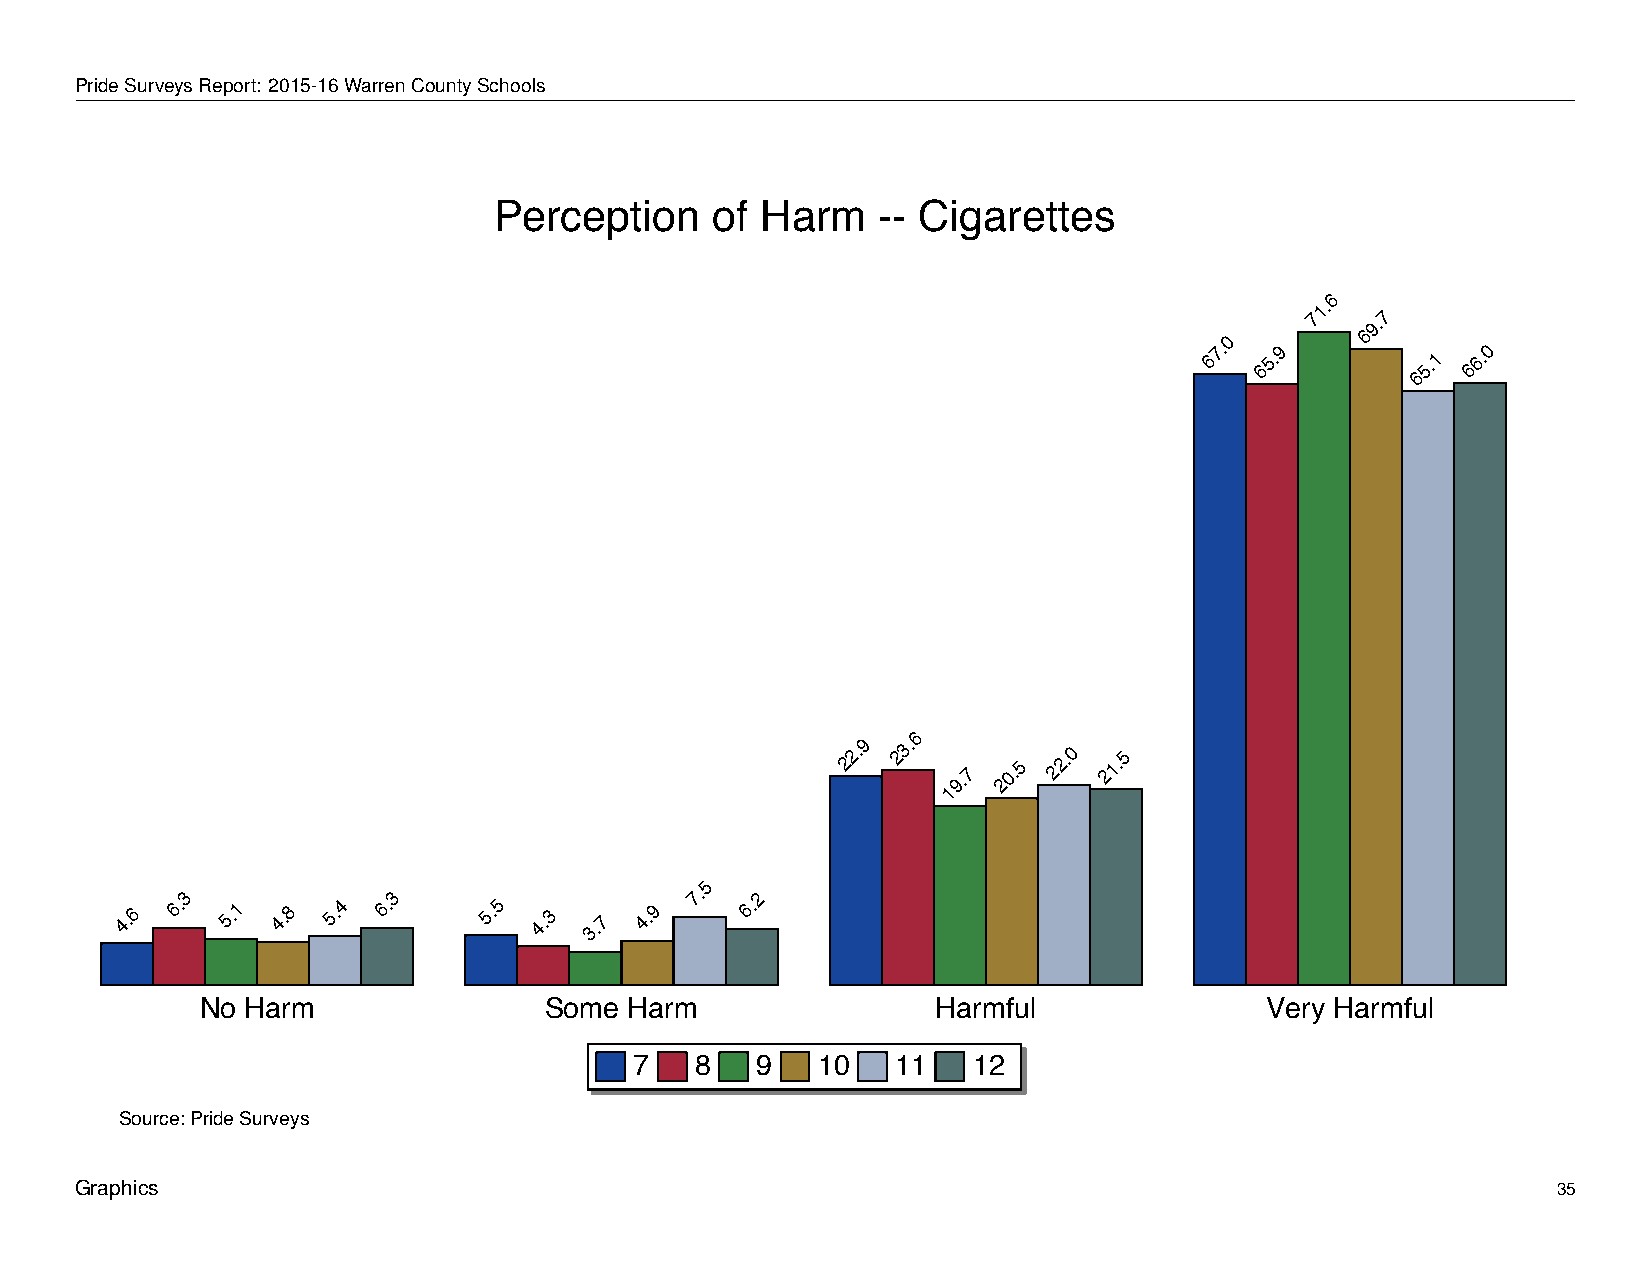
Perception            of    Harm        --   Cigarettes
 PrideSurveysReport: 2015-16WarrenCountySchools
 Perception    of Harm    -- Cigarettes
 6
 71.
 9.7
 67.0
 65.9
 6
 5.1
 66.0
 6
 6
 22.9 23.
 9.7
 20.5
 22.0 21.5
 1
 5
 3             3                   7.  2
 4.6 6. 5.1 4.8 5.4 6.   5.5 4.3 3.7 4.9  6.
 No Harm                Some  Harm                Harmful               Very Harmful
 7   8   9   10   11   12
 Source: Pride Surveys
 Graphics                                                                                          35